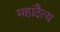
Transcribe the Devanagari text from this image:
महादैत्य